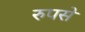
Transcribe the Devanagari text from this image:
रुपसे